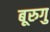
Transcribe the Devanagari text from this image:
बूरुगु